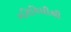
ગતિવિધીથી